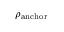
\rho _ { \mathrm { a n c h o r } }